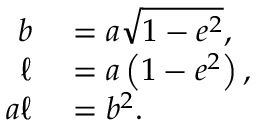
\begin{array} { r l } { b } & { { } = a { \sqrt { 1 - e ^ { 2 } } } , } \\ { \ell } & { { } = a \left( 1 - e ^ { 2 } \right) , \, } \\ { a \ell } & { { } = b ^ { 2 } . } \end{array}